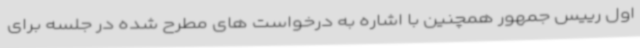
اول رییس جمهور همچنین با اشاره به درخواست های مطرح شده در جلسه برای